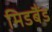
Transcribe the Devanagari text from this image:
मिडबैंड